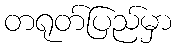
တရုတ်ပြည်မှာ